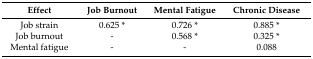
<table><thead><tr><td><b>Effect</b></td><td><b>Job Burnout</b></td><td><b>Mental Fatigue</b></td><td><b>Chronic Disease</b></td></tr></thead><tbody><tr><td>Job strain</td><td>0.625 *</td><td>0.726 *</td><td>0.885 *</td></tr><tr><td>Job burnout</td><td>-</td><td>0.568 *</td><td>0.325 *</td></tr><tr><td>Mental fatigue</td><td>-</td><td>-</td><td>0.088</td></tr></tbody></table>